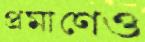
প্রমাণেও